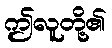
ဤလူတို့၏